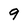
Character: 9